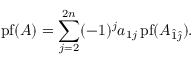
\operatorname { p f } ( A ) = \sum _ { j = 2 } ^ { 2 n } ( - 1 ) ^ { j } a _ { 1 j } \operatorname { p f } ( A _ { { \hat { 1 } } { \hat { \jmath } } } ) .